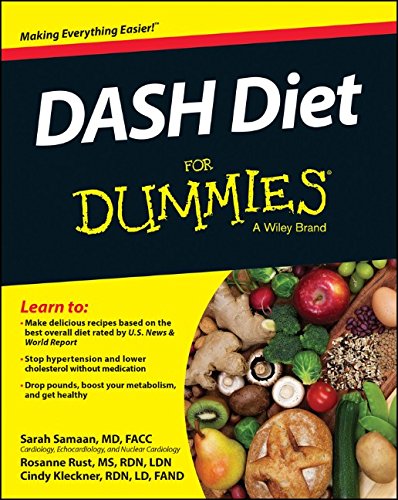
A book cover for DASH Diet For Dummies; Sarah Samaan; Health, Fitness & Dieting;